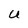
Character: U